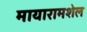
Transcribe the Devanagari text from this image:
मायारामशेल